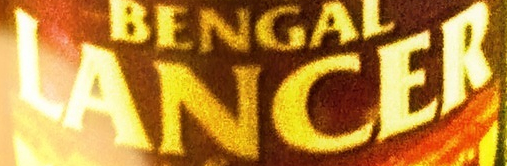
LANCER